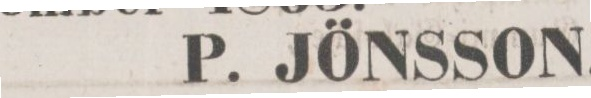
P. JÖNSSON.